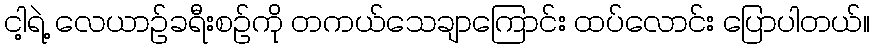
ငါ့ရဲ့ လေယာဉ်ခရီးစဉ်ကို တကယ်သေချာကြောင်း ထပ်လောင်း ပြောပါတယ်။